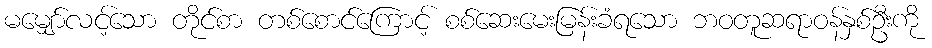
မမျှော်လင့်သော တိုင်စာ တစ်စောင်ကြောင့် စစ်ဆေးမေးမြန်းခံရသော ဘဝတူဆရာဝန်နှစ်ဦးကို